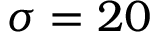
\sigma = 2 0